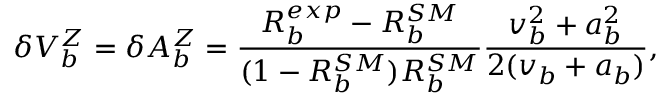
\delta V _ { b } ^ { Z } = \delta A _ { b } ^ { Z } = \frac { R _ { b } ^ { e x p } - R _ { b } ^ { S M } } { ( 1 - R _ { b } ^ { S M } ) R _ { b } ^ { S M } } \frac { v _ { b } ^ { 2 } + a _ { b } ^ { 2 } } { 2 ( v _ { b } + a _ { b } ) } ,